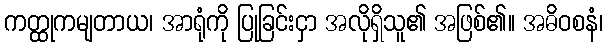
ကတ္ထုကမျတာယ၊ အာရုံကို ပြုခြင်းငှာ အလိုရှိသူ၏ အဖြစ်၏။ အဓိဝစနံ၊